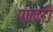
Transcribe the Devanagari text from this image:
पालरी